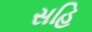
સહિ